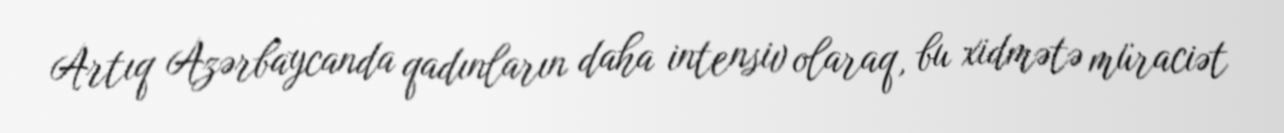
Artıq Azərbaycanda qadınların daha intensiv olaraq, bu xidmətə müraciət